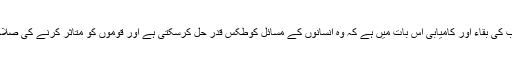
کسی بھی تہذیب کی بقاء اور کامیابی اس بات میں ہے کہ وہ انسانوں کے مسائل کوطکس قدر حل کرسکتی ہے اور قوموں کو متاثر کرنے کی صلاحیت کتنی ہے۔